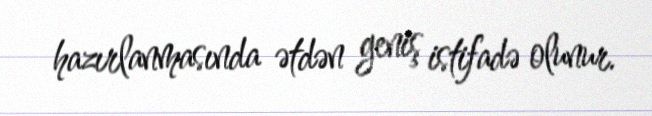
hazırlanmasında ətdən geniş istifadə olunur.